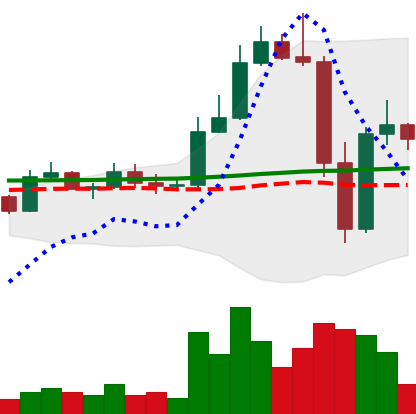
Ticker: LTC-USD
Chart end date: 2022-11-12
Forward return: 4.391%
Label: up_3_5